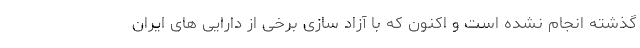
گذشته انجام نشده است و اکنون که با آزاد سازی برخی از دارایی های ایران